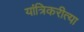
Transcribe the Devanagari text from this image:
यांत्रिकरीत्या